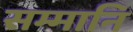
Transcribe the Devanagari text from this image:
सम्मानि